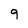
Character: 9